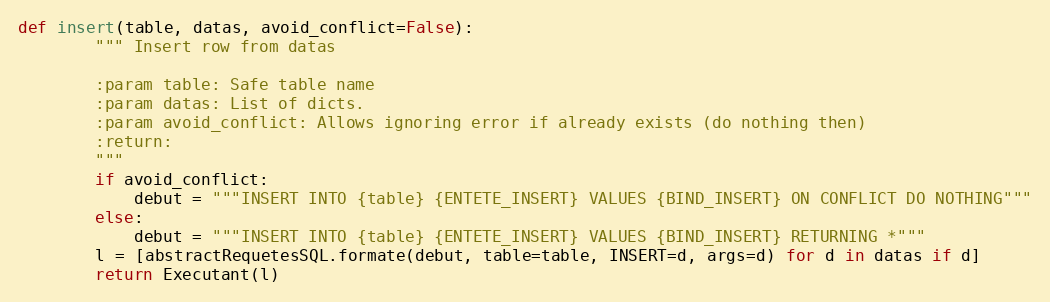
Language: Python
def insert(table, datas, avoid_conflict=False):
        """ Insert row from datas

        :param table: Safe table name
        :param datas: List of dicts.
        :param avoid_conflict: Allows ignoring error if already exists (do nothing then)
        :return:
        """
        if avoid_conflict:
            debut = """INSERT INTO {table} {ENTETE_INSERT} VALUES {BIND_INSERT} ON CONFLICT DO NOTHING"""
        else:
            debut = """INSERT INTO {table} {ENTETE_INSERT} VALUES {BIND_INSERT} RETURNING *"""
        l = [abstractRequetesSQL.formate(debut, table=table, INSERT=d, args=d) for d in datas if d]
        return Executant(l)